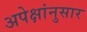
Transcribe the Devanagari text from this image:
अपेक्षांनुसार